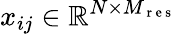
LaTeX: x_{ij}\in\mathbb{R}^{N\times M_{\mathrm{~r~e~s~}}}